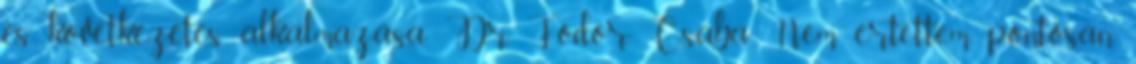
és következetes alkalmazása. Dr. Fodor Csaba: Nem értettem pontosan